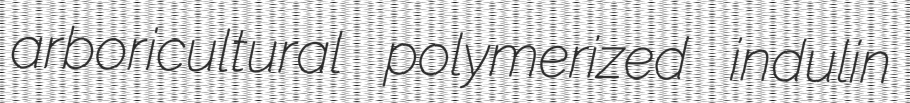
arboricultural polymerized indulin